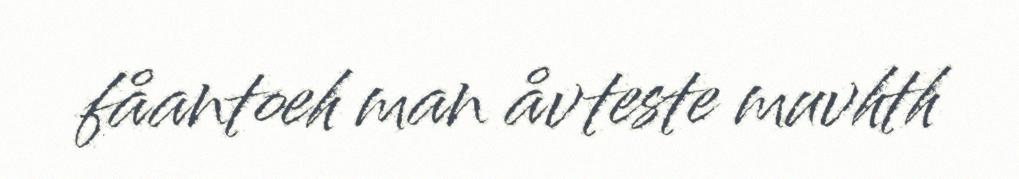
fåantoeh man åvteste muvhth